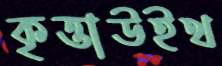
কৃত্তাউইথ